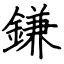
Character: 鎌